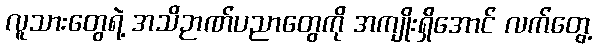
လူသားတွေရဲ့ အသိဉာဏ်ပညာတွေကို အကျိုးရှိအောင် လက်တွေ့